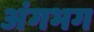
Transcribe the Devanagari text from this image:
अंगभग